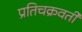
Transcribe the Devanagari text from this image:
प्रतिचक्रवर्ती